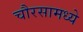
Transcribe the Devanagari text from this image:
चौरसामध्ये